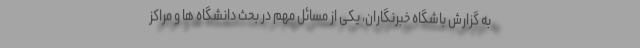
به گزارش باشگاه خبرنگاران، یکی از مسائل مهم در بحث دانشگاه ها و مراکز